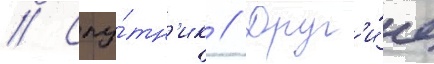
// Спу́тн'ик // Друг'и́е